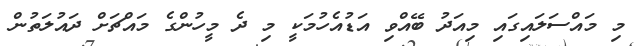
މި މައްސަލައިގައި މިއަދު ބޭއްވި އަޑުއެހުމަކީ މި ދެ މީހުންގެ މައްޗަށް ދައުލަތުން